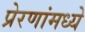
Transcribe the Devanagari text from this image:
प्रेरणांमध्ये